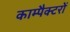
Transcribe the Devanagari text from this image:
काम्पैक्टरों